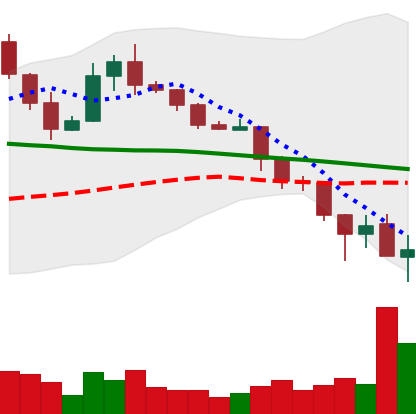
Ticker: XLM-USD
Chart end date: 2019-11-25
Forward return: 3.552%
Label: up_3_5